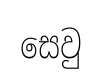
සෙවු